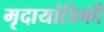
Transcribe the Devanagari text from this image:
मृदायांत्रिकी